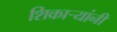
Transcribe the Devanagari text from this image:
शिकार्‍यांनी